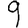
Digit: 9